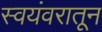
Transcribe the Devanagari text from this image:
स्वयंवरातून